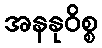
အနနုဝိစ္စ